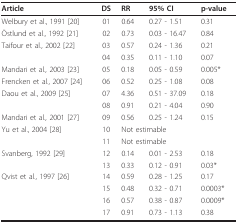
<table><thead><tr><td><b>Article</b></td><td><b>DS</b></td><td><b>RR</b></td><td><b>95% CI</b></td><td><b>p-value</b></td></tr></thead><tbody><tr><td>Welbury et al., 1991 [20]</td><td>01</td><td>0.64</td><td>0.27 - 1.51</td><td>0.31</td></tr><tr><td>Östlund et al., 1992 [21]</td><td>02</td><td>0.73</td><td>0.03 - 16.47</td><td>0.84</td></tr><tr><td>Taifour et al., 2002 [22]</td><td>03</td><td>0.57</td><td>0.24 - 1.36</td><td>0.21</td></tr><tr><td></td><td>04</td><td>0.35</td><td>0.11 - 1.10</td><td>0.07</td></tr><tr><td>Mandari et al., 2003 [23]</td><td>05</td><td>0.18</td><td>0.05 - 0.59</td><td>0.005*</td></tr><tr><td>Frencken et al., 2007 [24]</td><td>06</td><td>0.52</td><td>0.25 - 1.08</td><td>0.08</td></tr><tr><td>Daou et al., 2009 [25]</td><td>07</td><td>4.36</td><td>0.51 - 37.09</td><td>0.18</td></tr><tr><td></td><td>08</td><td>0.91</td><td>0.21 - 4.04</td><td>0.90</td></tr><tr><td>Mandari et al., 2001 [27]</td><td>09</td><td>0.56</td><td>0.25 - 1.24</td><td>0.15</td></tr><tr><td>Yu et al., 2004 [28]</td><td>10</td><td colspan="3">Not estimable</td></tr><tr><td></td><td>11</td><td colspan="3">Not estimable</td></tr><tr><td>Svanberg, 1992 [29]</td><td>12</td><td>0.14</td><td>0.01 - 2.53</td><td>0.18</td></tr><tr><td></td><td>13</td><td>0.33</td><td>0.12 - 0.91</td><td>0.03*</td></tr><tr><td>Qvist et al., 1997 [26]</td><td>14</td><td>0.59</td><td>0.28 - 1.25</td><td>0.17</td></tr><tr><td></td><td>15</td><td>0.48</td><td>0.32 - 0.71</td><td>0.0003*</td></tr><tr><td></td><td>16</td><td>0.57</td><td>0.38 - 0.87</td><td>0.0009*</td></tr><tr><td></td><td>17</td><td>0.91</td><td>0.73 - 1.13</td><td>0.38</td></tr></tbody></table>